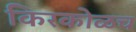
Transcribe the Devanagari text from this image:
किरकोळच